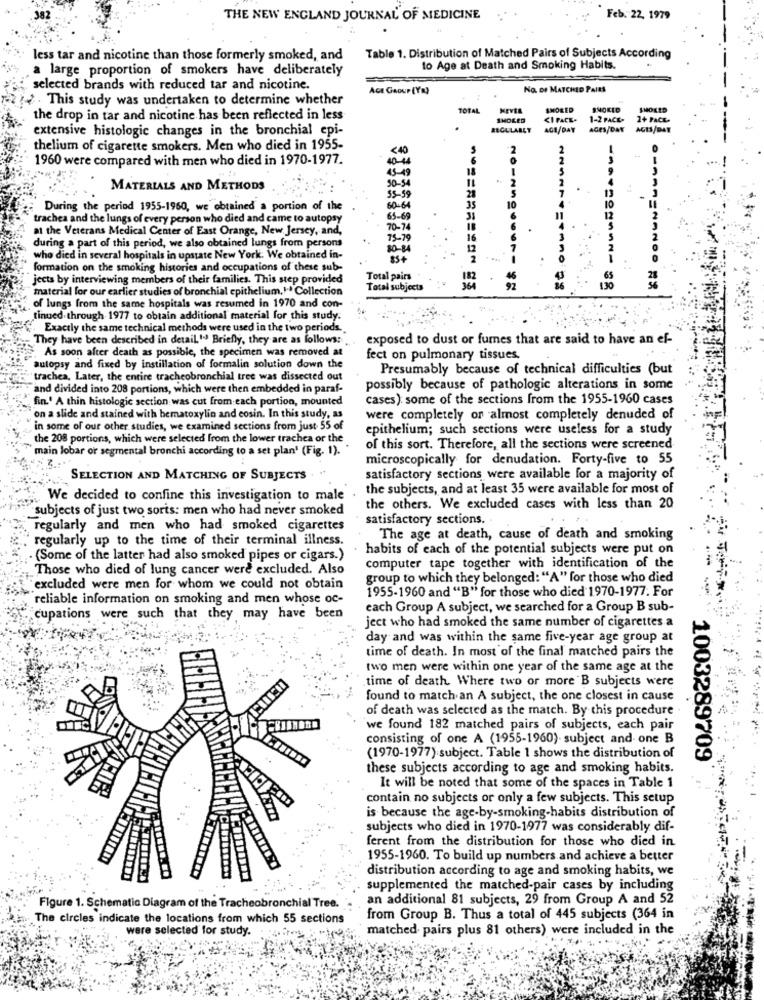
THE NEW ENGLAND JOURNAL OF MEDICINE
Feb. 22, 1979
less tar and nicotine than those formerly smoked, and
Table 1. Distribution of Matched Pairs of Subjects According
a large proportion of smokers have deliberately
to Age at Death and Smoking Habits.
selected brands with reduced tar and nicotine.
AGE GROUP (YR)
No. OF MATCHED PAIRS
. This study was undertaken to determine whether
TOTAL
SMOKED
SMOKED
SMOLID
the drop in tar and nicotine has been reflected in less
SMOKED
CI FACE-
1-2 PACE-
1+ PACE.
extensive histologic changes in the bronchial epi-
REGULARLT
AGE/DAY
AGES/DAY AGUS/DAY
thelium of cigarette smokers. Men who died in 1955-
<40
1960 were compared with men who died in 1970-1977.
40-4
45-49
50-54
MATERIALS AND METHODS
55-59
During the period 1955-1960, we obtained a portion of the
60-64
trachea and the lungs of every person who died and came to autopsy
65-69
at the Veterans Medical Center of East Orange, New Jersey, and,
70-74
75-79
16
during a part of this period, we also obtained lungs from persons
80-84
12
who died in several hospitals in upstate New York. We obtained in-
10
formation on the smoking histories and occupations of these sub-
jects by interviewing members of their families. This step provided
Total pairs
material for our earlier studies of bronchial epithelium,1.ª Collection
Total subjects
130
of lungs from the same hospitals was resumed in 1970 and con-
tinued through 1977 to obtain additional material for this study.
Exactly the same technical methods were used in the two periods.
They have been described in detail. " Briefly, they are as follows:
exposed to dust or fumes that are said to have an ef-
.As soon after death as possible, the specimen was removed at
fect on pulmonary tissues.
autopsy and fixed by instillation of formalin solution down the
Presumably because of technical difficulties (but
"trachea, Later, the entire tracheobronchial tree was dissected out
and divided into 208 portions, which were then embedded in paraf-
possibly because of pathologic alterations in some
fin.' A thin histologic section was cut from each portion, mounted
cases) some of the sections from the 1955-1960 cases
on a slide and stained with bematoxylin and cosin. In this study, as
were completely or almost completely denuded of
in some of our other studies, we examined sections from just 55 of
epithelium; such sections were useless for a study
the 208 portions, which were selected from the lower trachea or the
main lobar or segmental bronchi according to a set plan' (Fig. 1).
of this sort. Therefore, all the sections were screened
microscopically for denudation. Forty-five to 55
SELECTION AND MATCHING OF SUBJECTS
satisfactory sections were available for a majority of
the subjects, and at least 35 were available for most of
We decided to confine this investigation to male
subjects of just two sorts: men who had never smoked
the others. We excluded cases with less than 20
satisfactory sections. .
regularly and men who had smoked cigarettes
regularly up to the time of their terminal illness.
The age at death, cause of death and smoking
habits of each of the potential subjects were put on
(Some of the latter had also smoked pipes or cigars.)
Those who died of lung cancer were excluded. Also
computer tape together with identification of the
group to which they belonged: "A" for those who died
"excluded were men for whom we could not obtain
1955-1960 and "B" for those who died 1970-1977. For
reliable information on smoking and men whose oc-
each Group A subject, we searched for a Group B sub-
cupations were such that they may have been
ject who had smoked the same number of cigarettes a
day and was within the same five-year age group at
time of death. In most of the final matched pairs the
two men were within one year of the same age at the
time of death Where two or more B subjects were
found to match an A subject, the one closest in cause
of death was selected as the match. By this procedure
we found 182 matched pairs of subjects, each pair
consisting of one A (1955-1960). subject and one B
(1970-1977) subject. Table 1 shows the distribution of
1003289709
these subjects according to age and smoking habits.
It will be noted that some of the spaces in Table 1
contain no subjects or only a few subjects. This setup
is because the age-by-smoking-habits distribution of
subjects who died in 1970-1977 was considerably dif-
ferent from the distribution for those who died in
1955-1960. To build up numbers and achieve a better
distribution according to age and smoking habits, we
supplemented the matched-pair cases by including
an additional 81 subjects, 29 from Group A and 52
Figure 1. Schematic Diagram of the Tracheobronchial Tree.
The circles indicate the locations from which 55 sections
from Group B. Thus a total of 445 subjects (364 in
were selected for study.
matched pairs plus 81 others) were included in the